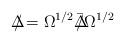
LaTeX: \begin{align*}\Delta \! \! \! \! / = \Omega^{1/2} {\bar \Delta }\! \! \! \! / \Omega^{1/2}\end{align*}